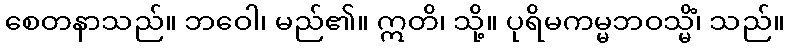
စေတနာသည်။ ဘဝေါ၊ မည်၏။ ဣတိ၊ သို့။ ပုရိမကမ္မဘဝသ္မိံ၊ သည်။